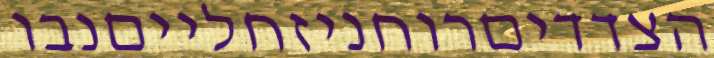
הצדדיםרוחניזחלייםנבו